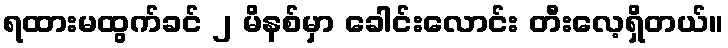
ရထားမထွက်ခင် ၂ မိနစ်မှာ ခေါင်းလောင်း တီးလေ့ရှိတယ်။